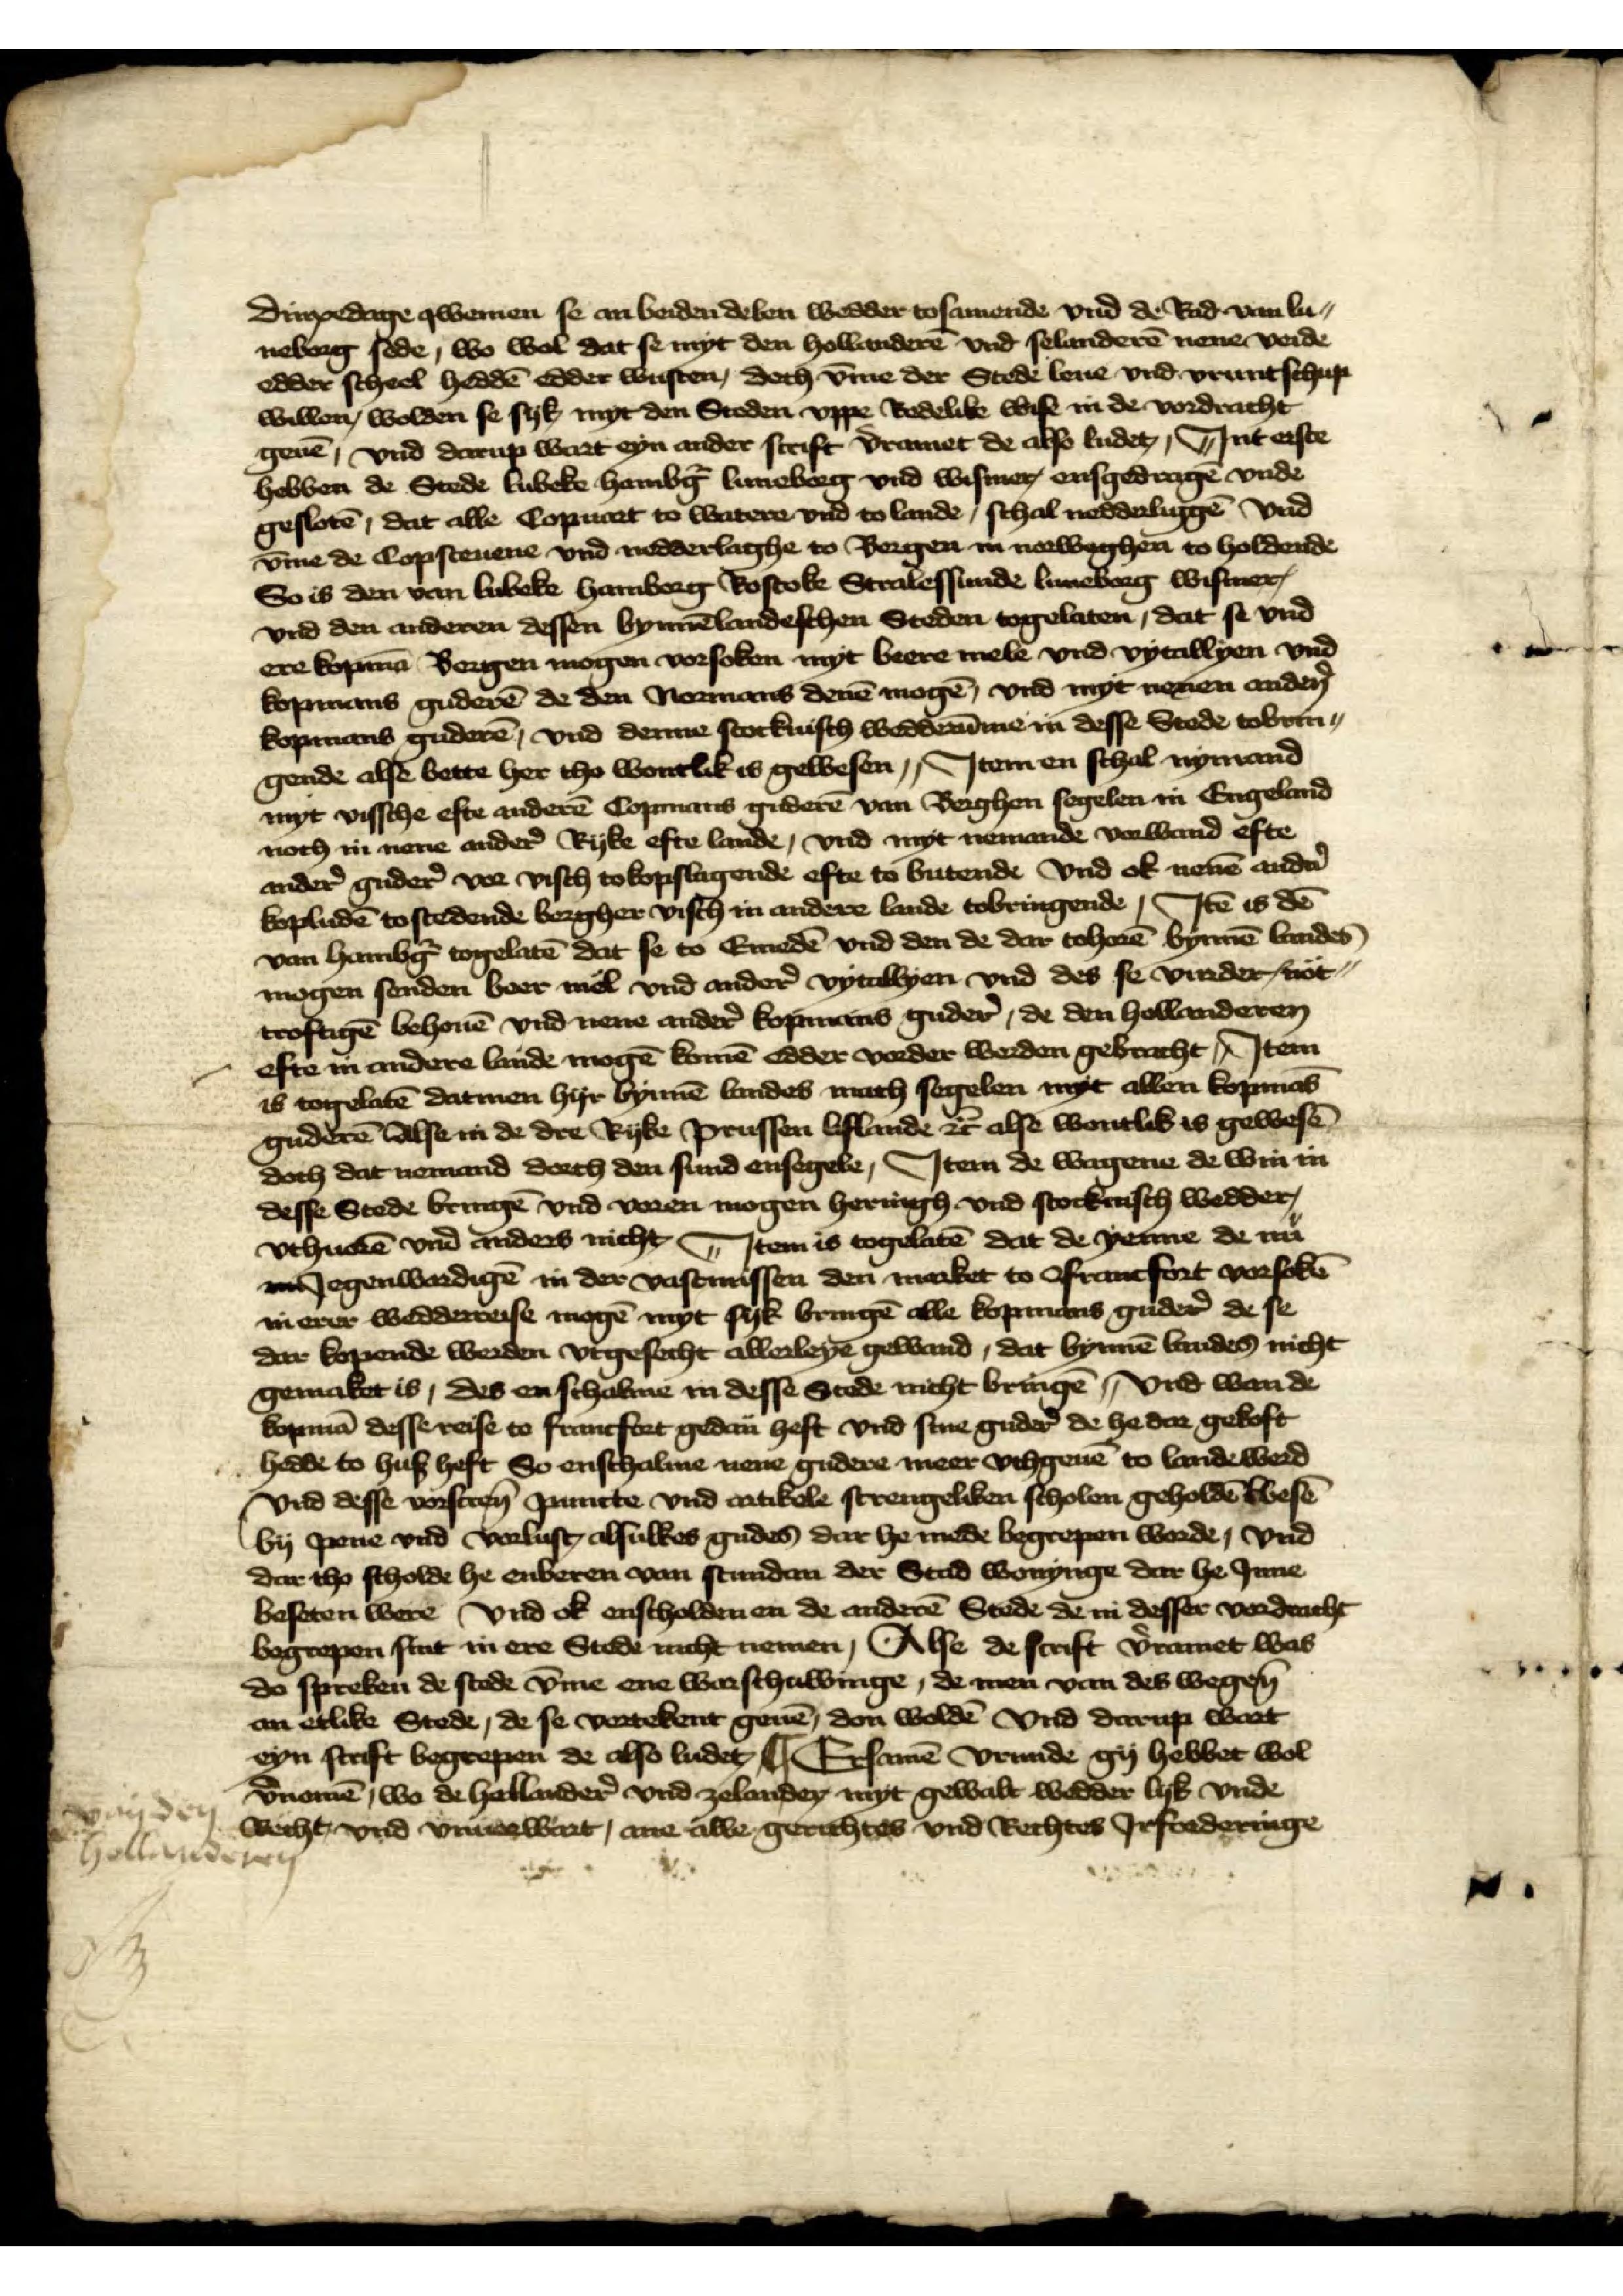
van den	
Hollanderen

dinxedage qwemen se an beiden delen wedder tosamende vnd de Rad van Lu-
neborg sede, wo wol dat se myt den Hollanderē vnd Selanderē nene veide
edder scheel heddē edder wusten, doch v̄me dor Stede leue vnd vruntschup
willen, wolden se syk myt den Steden vppe Redelike wise in de vordracht
geuē, vnd darup wart eyn ander scrift v̉ramet de also ludet, | Int erste
hebben de Stede Lubeke Hamb̉g Luneborg vnd Wismer ensgedragē vnde
geslotē dat alle Copuart to watere vnd to lande, schal nedderliggē vnd
v̄me de Copsteuene vnd nedderlaghe to Bergen in norweghen to holdende
So is den van Lubeke Hamborg Rostoke Stralessunde Luneborg Wismer
vnd den anderen dessen bynnēlandesschen Steden togelaten, dat se vnd
ere kopmā Bergen mogen vorsoken myt beere mele vnd vytallyen vnd
kopmans guderē de den normans denē mogē, vnd myt nenen andẻn
kopmans guderē, vnd denne stockuisch wedderūme in desse Stede tobrin-
gende alse bette her tho wontlik is gewesen | Jtem en schal nymand
wyt vissche efte anderē Copmans gudere van Berghen segelen in Engeland
noch in nene ander̉ Ryke efte lande, vnd myt nemande vorwand efte
ander̉ guder̉ vor visch to kopslagende efte to butende vnd ok nenē andẻ
kopludē tostedende bergher visch in andere lande tobringende |Jtē is dē
van Hambg̉ togolatē dat se to Emedē vnd den de dar tohorē bynnē landes
mogen senden beer mēl vnd ander̉ vytallyen vnd des se vnder not-
troftigē behouē vnd nene ander̉ kopmans guder̉, de den hollanderen
efte in andere lande mogē komē edder vorder werden gebracht | Jtem
is togolatē datmen hyr bynnē landes mach segelen myt allen kopmās
guderē alse in de dre Ryke Preussen Liflande et̉ alse wontlik is gewesē
doch dat nemand dorch den sund ensegele, Jtem de wagene de win in
desse Stede bringē vnd voren mogen heringh vnd stockuisch wedder
vthuorē vnd anders nicht | Jtem togelatē dat de yenne de nu
nie Jegenwardigē in dor vastmissen den maket to ofrantfort vorsokē
in erer wedderreise mogē myt syk bringē alle kopmans guder̉ de se
dar kopende werden vtgesecht allerleye gewand, dat bynnē landes nicht
gemaket is, des enschalme in desse Stede nicht bringē | Vnd were de
kopmā desse reise to Stanefort gedan heft vnd guder̉ de dar gekoft
hedde to huß heft So enschalme nene gudere meer vthgeuē to landewerd
Vnd desse vorscreū puncte vnd artikele strengeliken scholen geholdē wesē
by pene vnd vorlust alsulkes gudes dar he mede begrepen worde, vnd
dar tho scholde he enberen van stundan der Stad wonynge dar he Jnne
beseten were vnd ok enscholden en de anderē Stede de in desste vordracht
begrepen sint in ere Stede macht nemen, Alse de scrift v̉ramet was
So spreken de stede v̄me ene warschawinge, de men van des wegen̄
an etlike Stede, de se vertekent geuē don woldē vnd darup wart
eyn scrift begrepen de also ludet, | Ersamē vrunde gy hebbet wol
v̉nomē wo de Hollander̉ vnd zelande myt gewalt wedder lyß vnde
Recht vnd vrunewart, ane alle gerechtes vnd Rechtes Jrforderinge